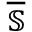
\overline { { \mathbb { S } } }